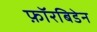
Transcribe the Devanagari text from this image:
फ़ॉरबिडेन